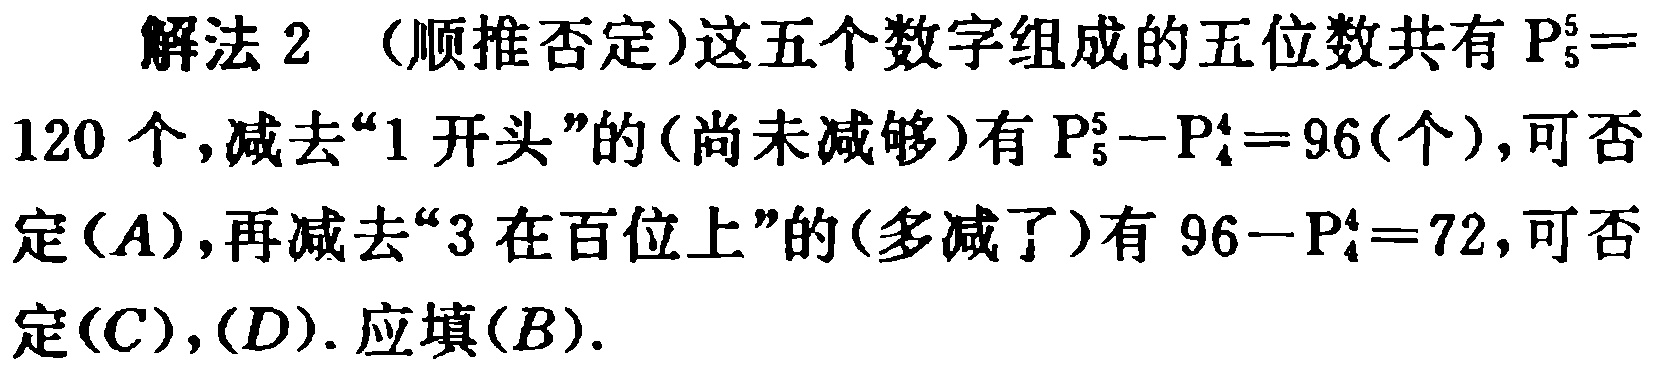
解法 2 （顺推否定）这五个数字组成的五位数共有 \(P_{5}^{5} = 120\) 个，减去“1 开头”的（尚未减够）有 \(P_{5}^{5}-P_{4}^{4}=96\) (个)，可否定\((A)\)，再减去“3 在百位上”的（多减了）有 \(96 - P_{4}^{4}=72\)，可否定\((C)\)，\((D)\). 应填\((B)\).